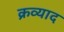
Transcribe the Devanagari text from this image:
क्रव्याद